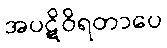
အပဋိဝိရတာပေ